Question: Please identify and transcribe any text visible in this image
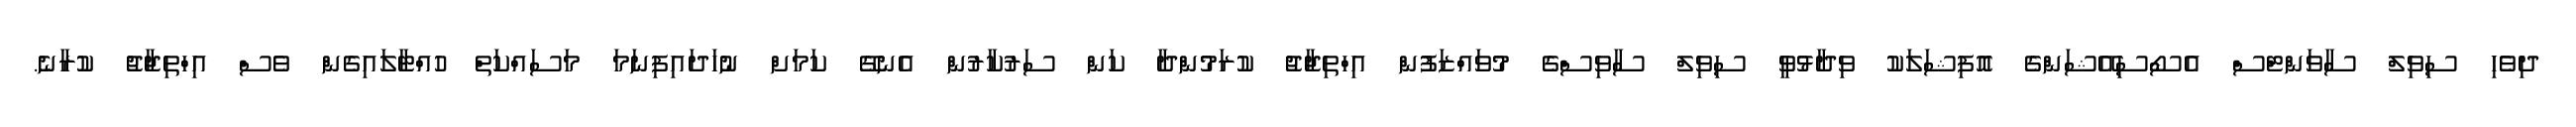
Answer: ދިވެހި ސިވިލް ސާވަންޓްސް އެސޯސިއޭޝަންގެ އޮފިޝަލަކު ވިދާޅުވީ ސިވިލް ސާވިސްގެ މުވައްޒަފުން އިހްތިޖާޖު ކުރަމުންދާ ކަން ސަރުކާރުން އެނގޭ ކަމަށް ނުހަދައިފިނަމަ މަސައްކަތް ހުއްޓާލައިގެން ވެސް އިހްތިޖާޖު ކުރާނެ.